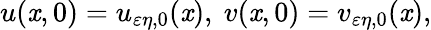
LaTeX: u(\mathit{x},0)=u_{\varepsilon\eta,0}(\mathit{x}),\ v(\mathit{x},0)=v_{\varepsilon\eta,0}(\mathit{x}),